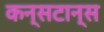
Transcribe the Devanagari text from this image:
कन्सटान्स